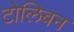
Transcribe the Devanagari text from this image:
टोलिबन